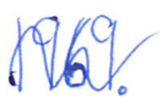
Text: 1969.
Cross-out: wave
Writing tool: ballpoint